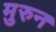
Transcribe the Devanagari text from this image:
मुरुन